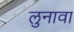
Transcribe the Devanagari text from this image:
लुनावा